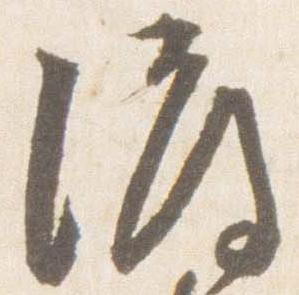
渡